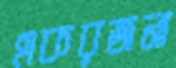
একরজনা